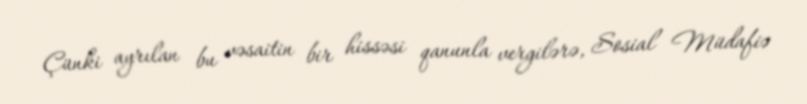
Çünki ayrılan bu vəsaitin bir hissəsi qanunla vergilərə, Sosial Müdafiə